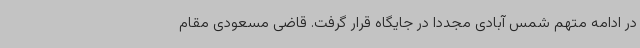
در ادامه متهم شمس آبادی مجددا در جایگاه قرار گرفت. قاضی مسعودی مقام